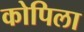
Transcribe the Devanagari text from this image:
कोपिला